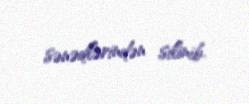
sənədlərindən silinib.